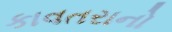
કાવતરાનો